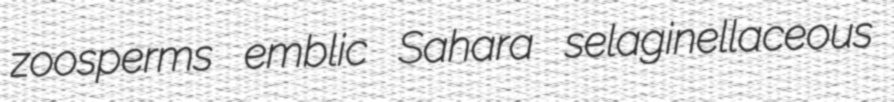
zoosperms emblic Sahara selaginellaceous